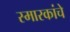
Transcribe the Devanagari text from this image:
स्मारकांचे